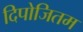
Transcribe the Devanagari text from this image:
दिपोजितम